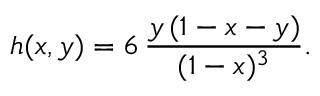
h ( x , y ) = 6 \, \frac { y \, ( 1 - x - y ) } { ( 1 - x ) ^ { 3 } } .